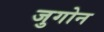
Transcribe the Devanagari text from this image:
जुगोन